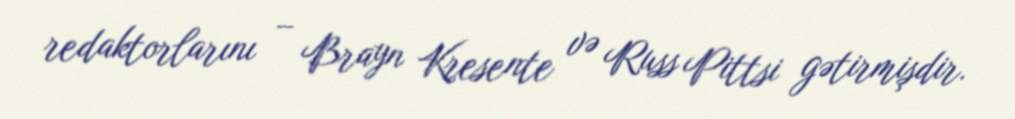
redaktorlarını – Brayn Kresente və Russ Pittsi gətirmişdir.